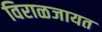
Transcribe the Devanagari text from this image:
विराळजायत